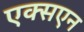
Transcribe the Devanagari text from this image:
एक्सएन